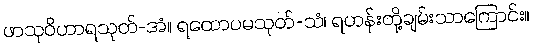
ဖာသုဝိဟာရသုတ်-အံ။ ရထောပမသုတ်-သံ၊ ရဟန်းတို့ချမ်းသာကြောင်း။